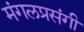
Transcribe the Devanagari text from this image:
मंगलप्रसंगी